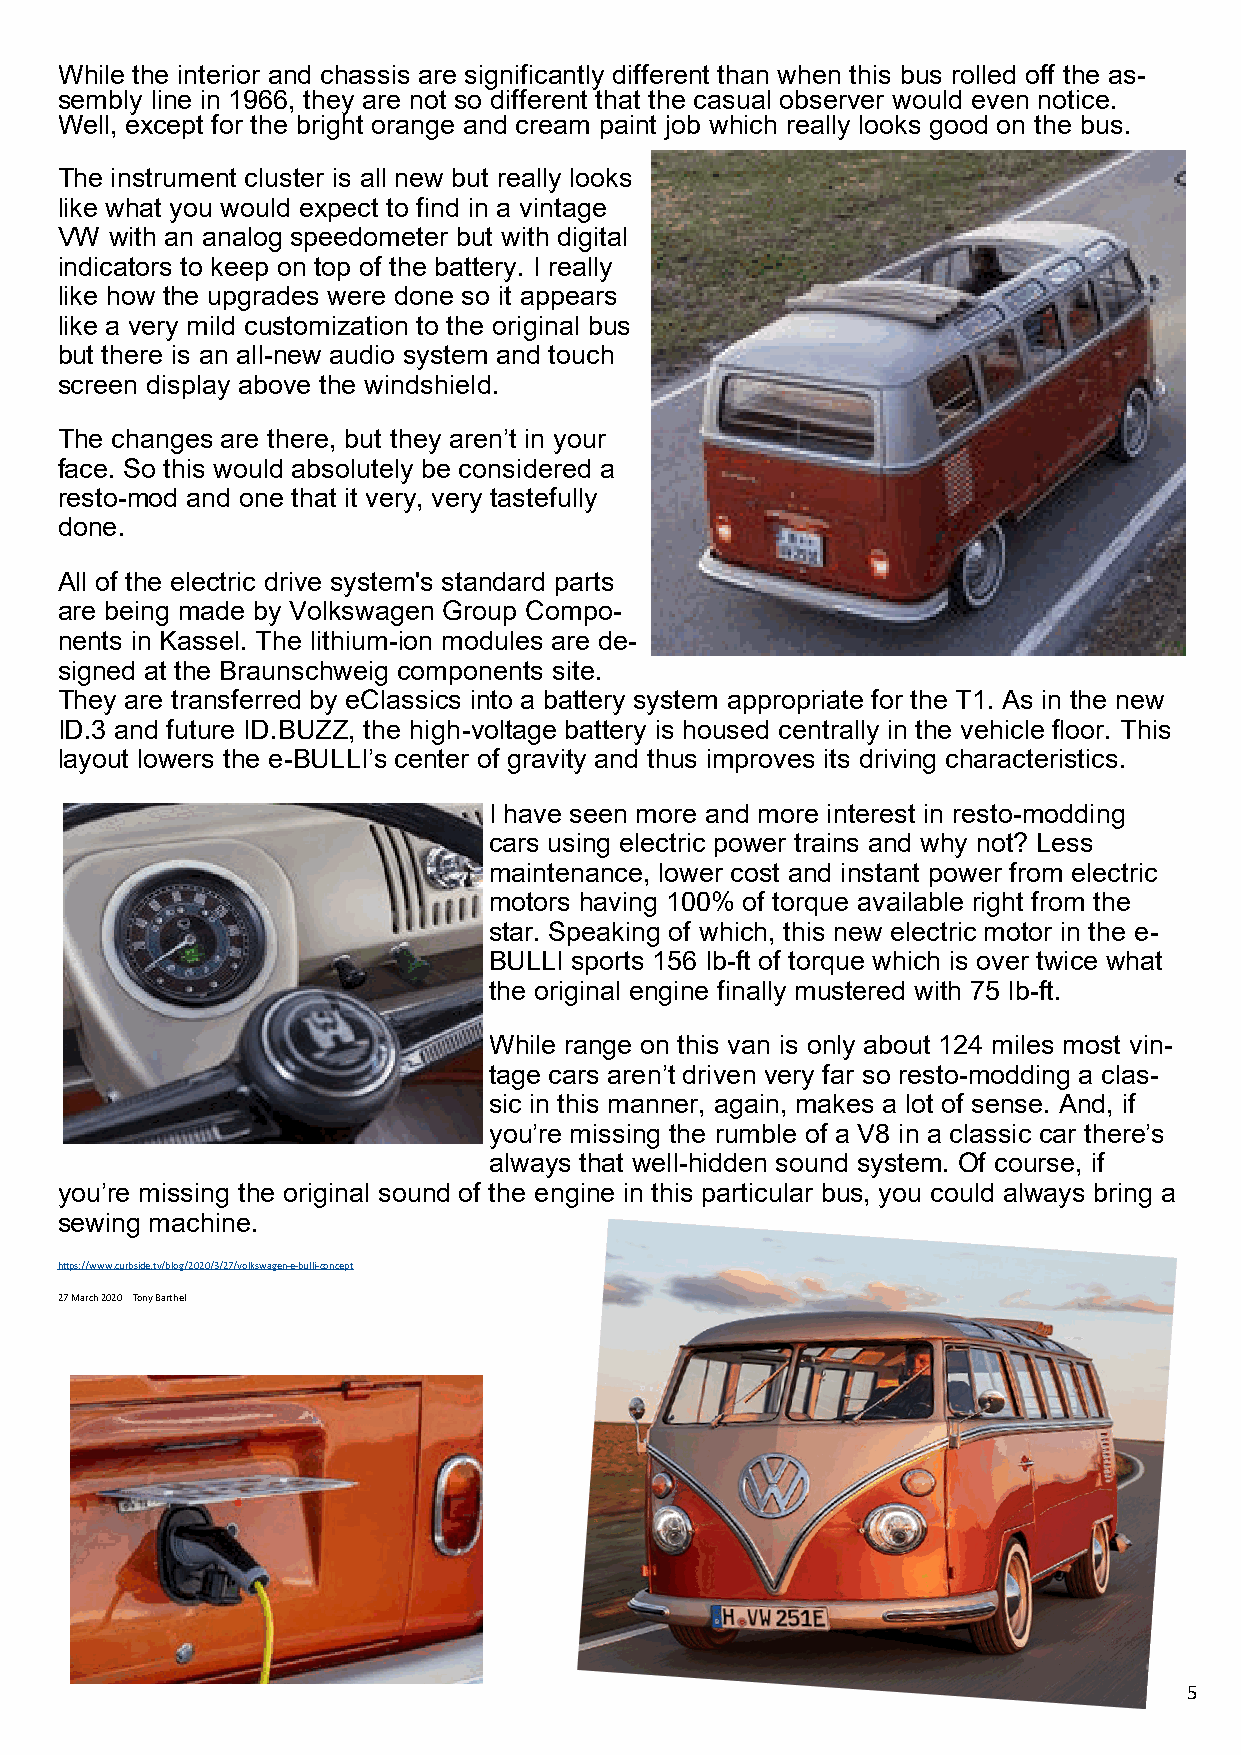
While the interior and chassis are significantly different than when this bus rolled off the as-
 sembly line in 1966, they are not so different that the casual observer would even notice.
 Well, except for the bright orange and cream paint job which really looks good on the bus.
 The instrument cluster is all new but really looks
 like what you would expect to find in a vintage
 VW with an analog speedometer but with digital
 indicators to keep on top of the battery. I really
 like how the upgrades were done so it appears
 like a very mild customization to the original bus
 but there is an all-new audio system and touch
 screen display above the windshield.
 The changes are there, but they aren’t in your
 face. So this would absolutely be considered a
 resto-mod and one that it very, very tastefully
 done.
 All of the electric drive system's standard parts
 are being made by Volkswagen Group Compo-
 nents in Kassel. The lithium-ion modules are de-
 signed at the Braunschweig components site.
 They are transferred by eClassics into a battery system appropriate for the T1. As in the new
 ID.3 and future ID.BUZZ, the high-voltage battery is housed centrally in the vehicle floor. This
 layout lowers the e-BULLI’s center of gravity and thus improves its driving characteristics.
 I have seen more and more interest in resto-modding
 cars using electric power trains and why not? Less
 maintenance, lower cost and instant power from electric
 motors having 100% of torque available right from the
 star. Speaking of which, this new electric motor in the e-
 BULLI sports 156 lb-ft of torque which is over twice what
 the original engine finally mustered with 75 lb-ft.
 While range on this van is only about 124 miles most vin-
 tage cars aren’t driven very far so resto-modding a clas-
 sic in this manner, again, makes a lot of sense. And, if
 you’re missing the rumble of a V8 in a classic car there’s
 always that well-hidden sound system. Of course, if
 you’re missing the original sound of the engine in this particular bus, you could always bring a
 sewing machine.
 https://www.curbside.tv/blog/2020/3/27/volkswagen-e-bulli-concept
 27 March 2020 Tony Barthel
 5